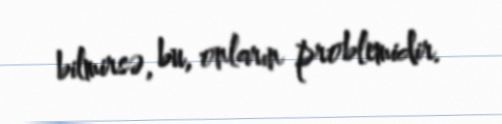
bilmirsə, bu, onların problemidir.